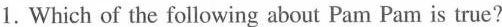
1.Which of the following about Pam Pam is true?